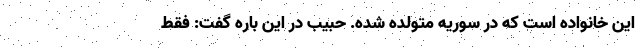
این خانواده است که در سوریه متولده شده. حبیب در این باره گفت: فقط